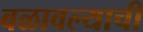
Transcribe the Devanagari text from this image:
बळावल्याची